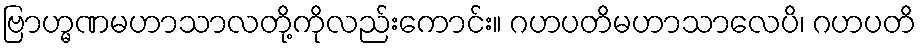
ဗြာဟ္မဏမဟာသာလတို့ကိုလည်းကောင်း။ ဂဟပတိမဟာသာလေပိ၊ ဂဟပတိ